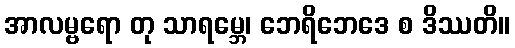
အာလမ္ဗရော တု သာရမ္ဘေ၊ ဘေရိဘေဒေ စ ဒိဿတိ။